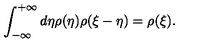
\int _ { - \infty } ^ { + \infty } d \eta \rho ( \eta ) \rho ( \xi - \eta ) = \rho ( \xi ) .